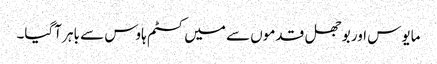
مایوس اور بوجھل قدموں سے میں کسٹم ہاوس سے باہر آگیا۔